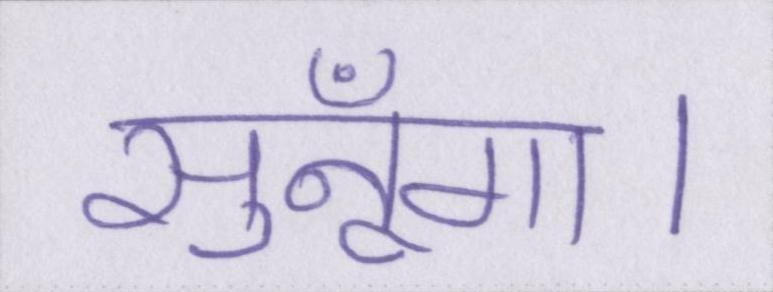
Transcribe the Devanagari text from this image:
सुनूँगा।